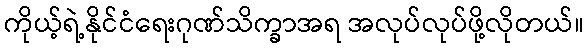
ကိုယ့်ရဲ့နိုင်ငံရေးဂုဏ်သိက္ခာအရ အလုပ်လုပ်ဖို့လိုတယ်။